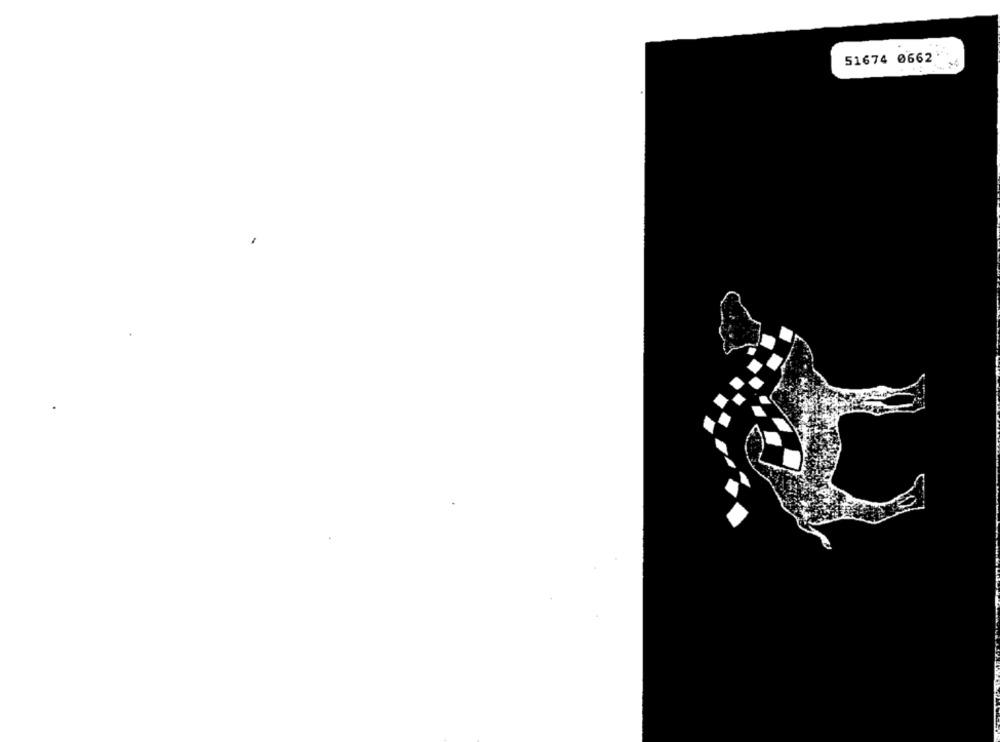
51674 0662